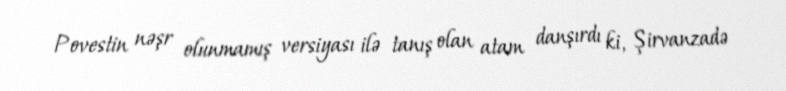
Povestin nəşr olunmamış versiyası ilə tanış olan atam danşırdı ki, Şirvanzadə